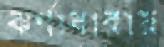
ঝর্ণাধারায়